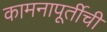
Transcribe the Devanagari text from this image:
कामनापूर्तीची